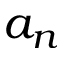
a _ { n }